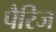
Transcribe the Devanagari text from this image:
पैरिज